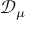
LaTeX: \mathbf { \mathcal { D } } _ { \mu }